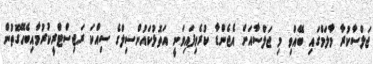
ޖަލްސާކުރާ މާލަމްގައި ބޭއްވި މި ޖަލްސާއަށް އެޖެންޑާ ކުރެވިފައިވަނީ އަތޮޅުކައުންސިލްގެ ސިއްކަ ރަޖިސްޓްރީކުރުމާއިބެހޭގޮތުން